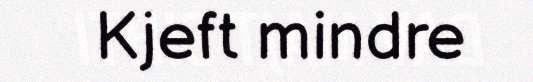
Kjeft mindre